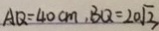
A Q = 4 0 c m , B Q = 2 0 \sqrt { 3 }